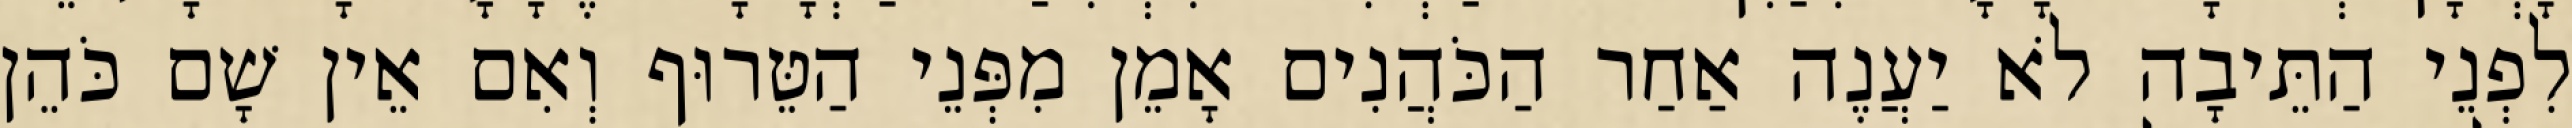
לִפְנֵי הַתֵּיבָה לֹא יַעֲנֶה אַחַר הַכֹּהֲנִים אָמֵן מִפְּנֵי הַטֵּרוּף וְאִם אֵין שָׁם כֹּהֵן